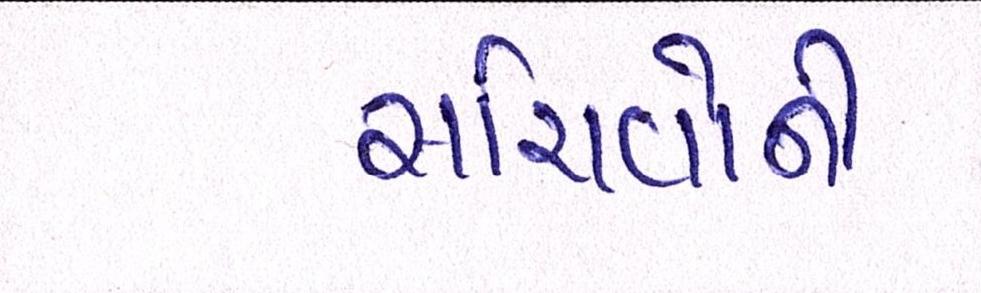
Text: સચિવોની